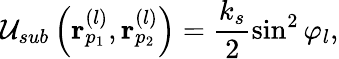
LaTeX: {{\cal U}_{sub}\left({\mathbf r}_{p_{1}}^{(l)},{\mathbf r}_{p_{2}}^{(l)}\right)=\frac{k_{s}}{2}\sin^{2}\varphi_{l},}